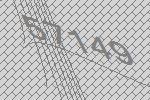
57149